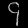
Digit: ၄